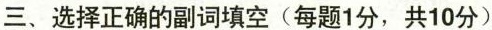
三、选择正确的副词填空(每题1分,共10分)